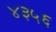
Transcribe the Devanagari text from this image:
४३५६